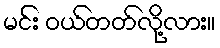
မင်း ဝယ်တတ်လို့လား။